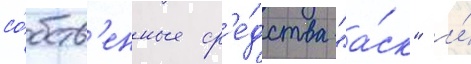
со́бств'енные ср'е́дства "а́ск" и́